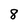
Character: 8